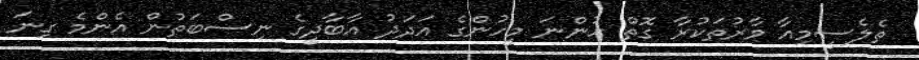
ތެލެސީމިއާ ވާރުތަކުރާ ގޮތް ހުންނަ މީހުންގެ އަދަދު އާބާދީގެ ނިސްބަތުން އެންމެ ގިނަ